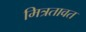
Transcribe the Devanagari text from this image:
मित्रतावत